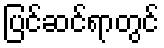
ပြင်ဆင်ရာတွင်